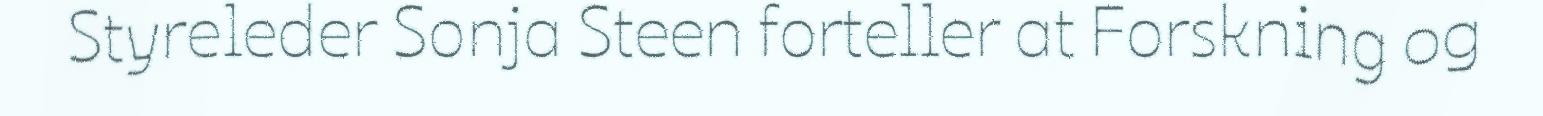
Styreleder Sonja Steen forteller at Forskning og